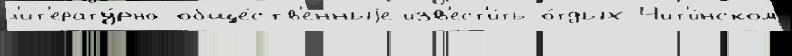
л'ит'ерату́рно-обще́ств'енныjе изв'ест'и́ть о́тдых Чит'и́нском